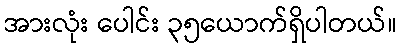
အားလုံး ပေါင်း ၃၅ယောက်ရှိပါတယ်။